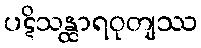
ပဋိသန္ထာရဝုတျဿ